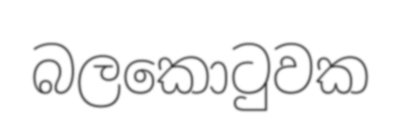
බලකොටුවක